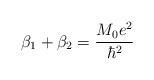
LaTeX: \begin{align*}\beta_1 + \beta_2 = \frac{M_0e^2}{\hbar^2}\end{align*}